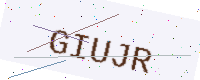
Text: GIUJR